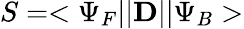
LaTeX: S=<\Psi_{F}||{\mathbf D}||\Psi_{B}>